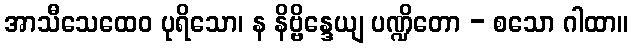
အာသီသေထေဝ ပုရိသော၊ န နိဗ္ဗိန္ဒေယျ ပဏ္ဍိတော - စသော ဂါထာ။